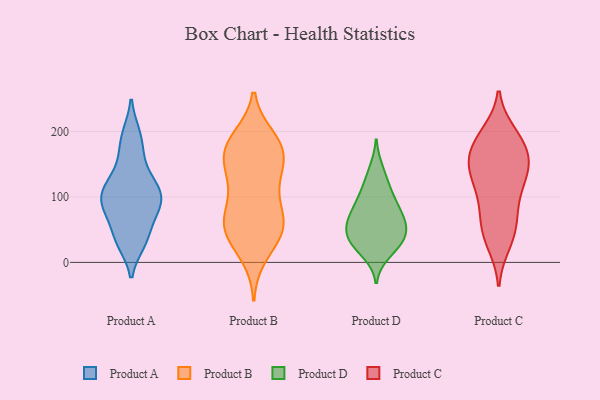
{"axis": {"x": "Bounce Rate (%)", "y": "Value"}, "legend": ["Product A", "Product B", "Product C", "Product D"], "data": [{"x": "", "y": 196, "type": "Product A"}, {"x": "", "y": 164, "type": "Product A"}, {"x": "", "y": 128, "type": "Product A"}, {"x": "", "y": 97, "type": "Product A"}, {"x": "", "y": 77, "type": "Product A"}, {"x": "", "y": 37, "type": "Product A"}, {"x": "", "y": 75, "type": "Product A"}, {"x": "", "y": 105, "type": "Product A"}, {"x": "", "y": 30, "type": "Product A"}, {"x": "", "y": 111, "type": "Product A"}, {"x": "", "y": 165, "type": "Product B"}, {"x": "", "y": 47, "type": "Product B"}, {"x": "", "y": 60, "type": "Product B"}, {"x": "", "y": 53, "type": "Product B"}, {"x": "", "y": 173, "type": "Product B"}, {"x": "", "y": 36, "type": "Product B"}, {"x": "", "y": 189, "type": "Product B"}, {"x": "", "y": 176, "type": "Product B"}, {"x": "", "y": 109, "type": "Product B"}, {"x": "", "y": 184, "type": "Product B"}, {"x": "", "y": 12, "type": "Product B"}, {"x": "", "y": 56, "type": "Product B"}, {"x": "", "y": 151, "type": "Product B"}, {"x": "", "y": 70, "type": "Product B"}, {"x": "", "y": 67, "type": "Product B"}, {"x": "", "y": 162, "type": "Product B"}, {"x": "", "y": 117, "type": "Product B"}, {"x": "", "y": 130, "type": "Product B"}, {"x": "", "y": 95, "type": "Product D"}, {"x": "", "y": 103, "type": "Product D"}, {"x": "", "y": 142, "type": "Product D"}, {"x": "", "y": 68, "type": "Product D"}, {"x": "", "y": 14, "type": "Product D"}, {"x": "", "y": 121, "type": "Product D"}, {"x": "", "y": 57, "type": "Product D"}, {"x": "", "y": 50, "type": "Product D"}, {"x": "", "y": 84, "type": "Product D"}, {"x": "", "y": 30, "type": "Product D"}, {"x": "", "y": 69, "type": "Product D"}, {"x": "", "y": 38, "type": "Product D"}, {"x": "", "y": 28, "type": "Product D"}, {"x": "", "y": 60, "type": "Product D"}, {"x": "", "y": 32, "type": "Product D"}, {"x": "", "y": 183, "type": "Product C"}, {"x": "", "y": 192, "type": "Product C"}, {"x": "", "y": 106, "type": "Product C"}, {"x": "", "y": 141, "type": "Product C"}, {"x": "", "y": 132, "type": "Product C"}, {"x": "", "y": 144, "type": "Product C"}, {"x": "", "y": 151, "type": "Product C"}, {"x": "", "y": 29, "type": "Product C"}, {"x": "", "y": 94, "type": "Product C"}, {"x": "", "y": 152, "type": "Product C"}, {"x": "", "y": 196, "type": "Product C"}, {"x": "", "y": 42, "type": "Product C"}, {"x": "", "y": 130, "type": "Product C"}, {"x": "", "y": 72, "type": "Product C"}, {"x": "", "y": 172, "type": "Product C"}, {"x": "", "y": 42, "type": "Product C"}, {"x": "", "y": 180, "type": "Product C"}, {"x": "", "y": 68, "type": "Product C"}]}